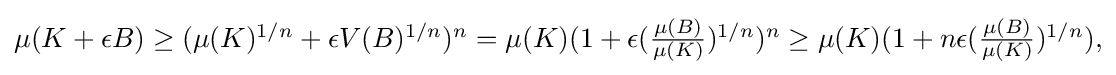
{\textstyle \mu (K+\epsilon B)\geq (\mu (K)^{1/n}+\epsilon V(B)^{1/n})^{n}=\mu (K)(1+\epsilon ({\frac {\mu (B)}{\mu (K)}})^{1/n})^{n}\geq \mu (K)(1+n\epsilon ({\frac {\mu (B)}{\mu (K)}})^{1/n}),}